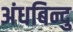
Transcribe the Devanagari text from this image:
अंधबिन्दु